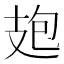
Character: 𭣘